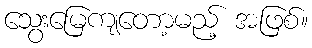
သွေးမြေကျတော့မည့် အဖြစ်။